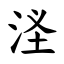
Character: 㳗